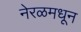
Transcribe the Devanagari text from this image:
नेरळमधून